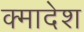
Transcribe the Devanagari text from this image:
क्मादेश